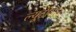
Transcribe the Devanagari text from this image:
ल्यूटीयल